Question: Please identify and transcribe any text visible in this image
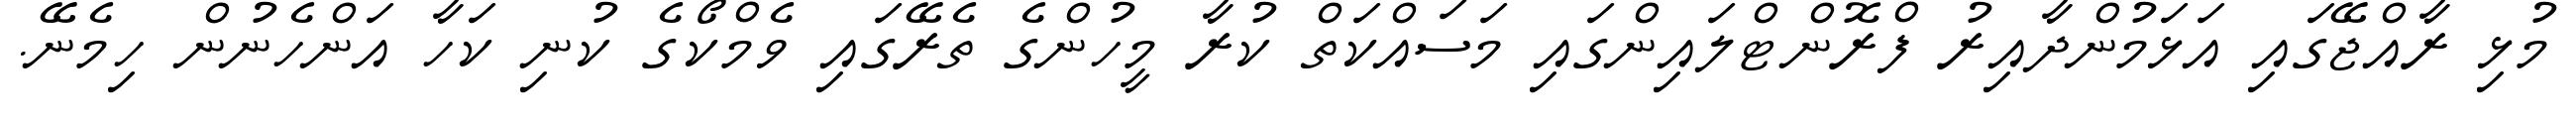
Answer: މުޅި ރާއްޖޭގައި އަޅަމުންދާއިރު ފްރޮންޓްލައިންގައި މަސައްކަތް ކުރާ މީހުންގެ ތެރޭގައި ވެމްކޯގެ ކުނި ކަހާ އަންހެނުން ހިމެނޭ.